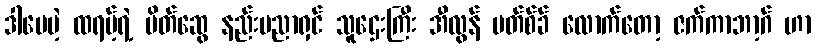
ဒါပေမဲ့ ထရမ့်ရဲ့ မိတ်ဆွေ နည်းပညာရှင် သူဌေးကြီး အီလွန် မတ်စ်ခ် လောက်တော့ ဇက်ကာဘာ့ဂ် ဟာ